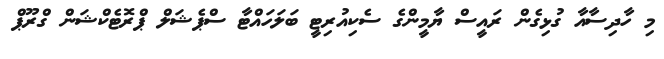
މި ހާދިސާއާ ގުޅިގެން ރައީސް ޔާމީންގެ ސެކިއުރިޓީ ބަލަހައްޓާ ސްޕެޝަލް ޕްރޮޓެކްޝަން ގްރޫޕް